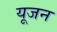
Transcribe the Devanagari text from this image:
यूजन